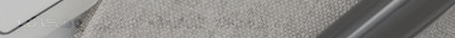
خدمات تنظيف منازل ومكاتب